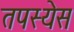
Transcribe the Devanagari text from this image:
तपस्येस